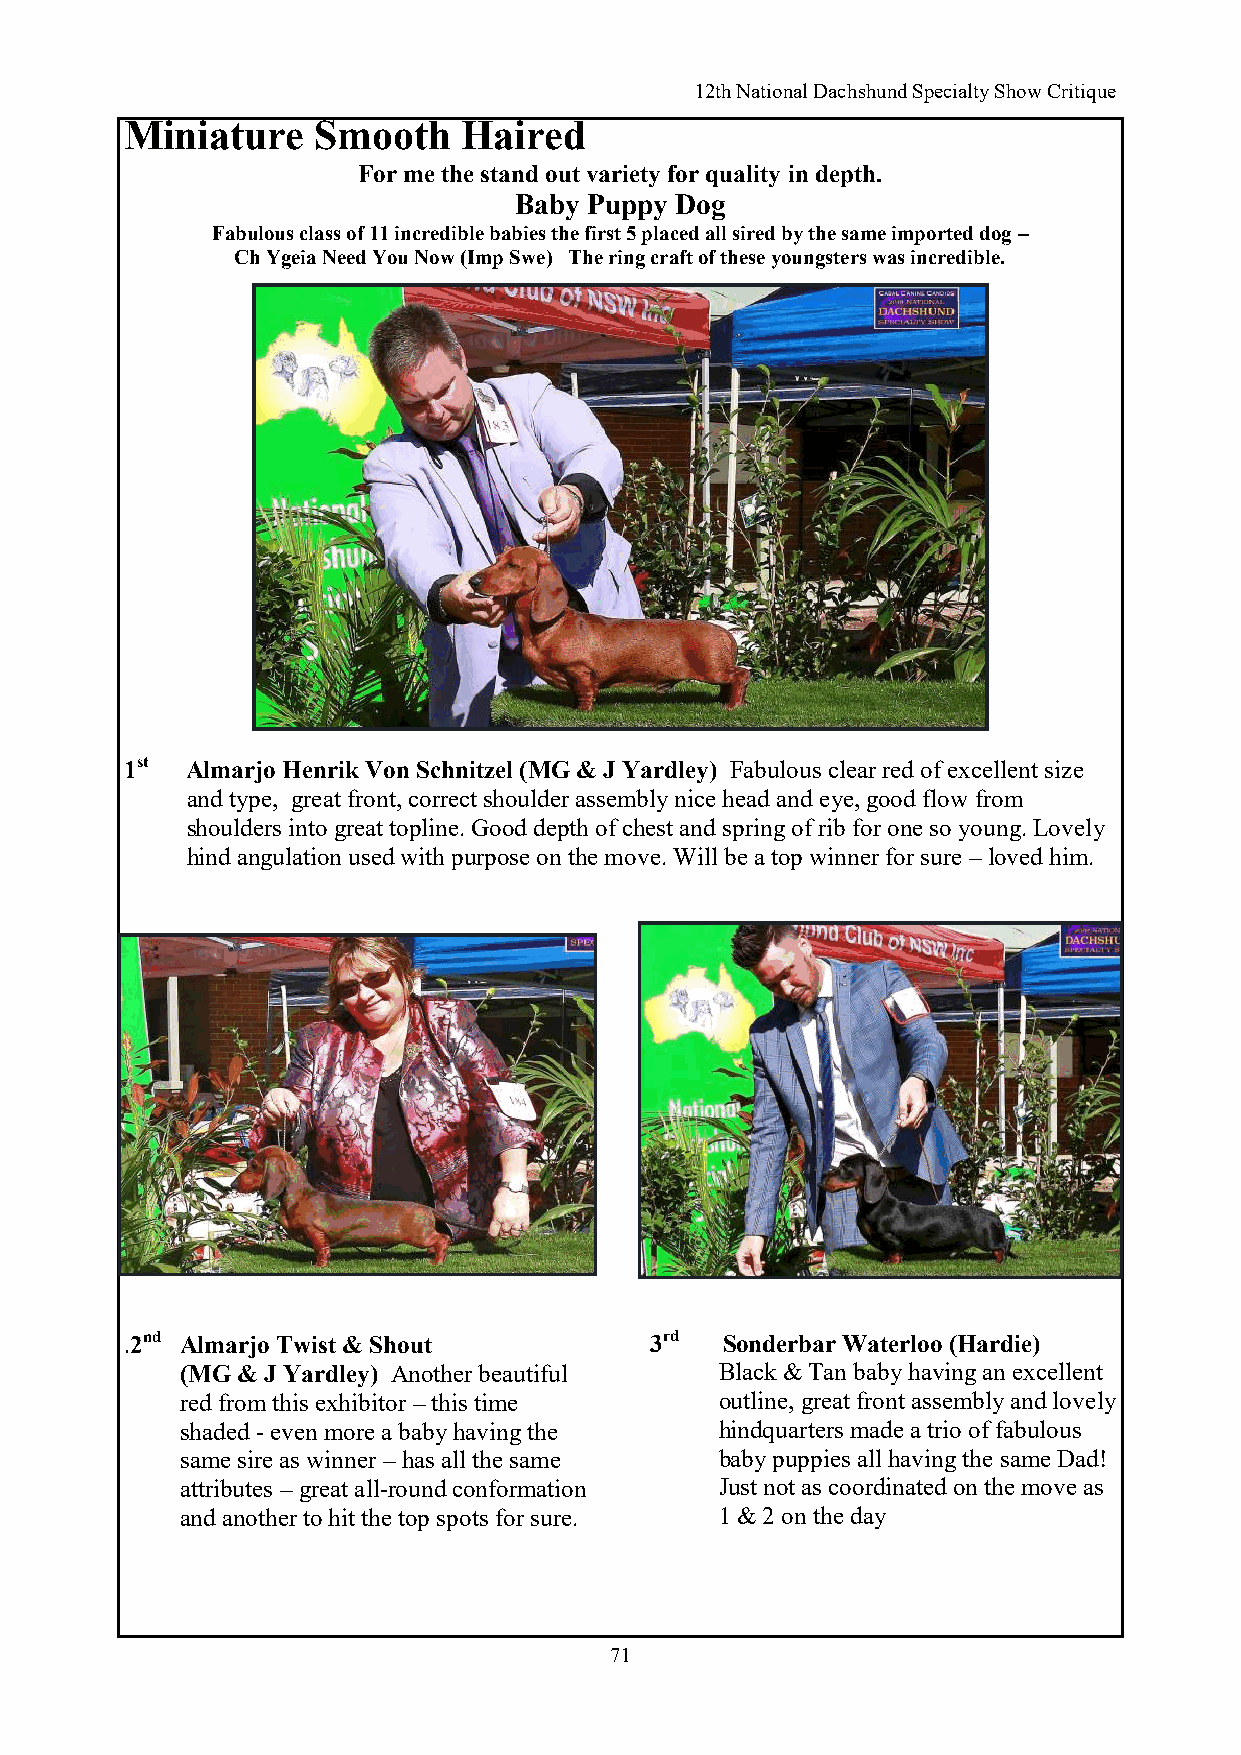
12th National Dachshund Specialty Show Critique
 Miniature    Smooth    Haired
 For me the stand out variety for quality in depth.
 Baby Puppy Dog
 Fabulous class of 11 incredible babies the first 5 placed all sired by the same imported dog –
 Ch Ygeia Need You Now (Imp Swe) The ring craft of these youngsters was incredible.
 1st Almarjo Henrik Von Schnitzel (MG & J Yardley) Fabulous clear red of excellent size
 and type, great front, correct shoulder assembly nice head and eye, good flow from
 shoulders into great topline. Good depth of chest and spring of rib for one so young. Lovely
 hind angulation used with purpose on the move. Will be a top winner for sure – loved him.
 .                                  .
 .2nd Almarjo Twist & Shout         3rd  Sonderbar Waterloo (Hardie)
 (MG & J Yardley) Another beautiful  Black & Tan baby having an excellent
 red from this exhibitor – this time outline, great front assembly and lovely
 shaded - even more a baby having the hindquarters made a trio of fabulous
 same sire as winner – has all the same baby puppies all having the same Dad!
 attributes – great all-round conformation Just not as coordinated on the move as
 and another to hit the top spots for sure. 1 & 2 on the day
 71